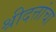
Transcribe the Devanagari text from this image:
श्रीदत्तांचा